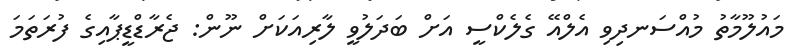
މައުލޫމާތު މުއްސަނދިވި އެލްއޭ ގެލެކްސީ އަށް ބަދަލުވީ ލާރިއަކަށް ނޫން: ޖެރާޑްޑީޕާއިގެ ފުރަތަމަ